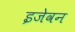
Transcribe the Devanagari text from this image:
इजेवन